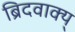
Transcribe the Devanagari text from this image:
ब्रिदवाक्य्